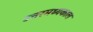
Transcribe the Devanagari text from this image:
उत्तरमध्यकाल